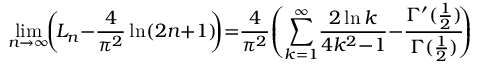
\operatorname* { l i m } _ { n \to \infty } \! \! \left( \! { L _ { n } { - } { \frac { 4 } { \pi ^ { 2 } } } \ln ( 2 n { + } 1 ) } \! \! \right) \! { = } { \frac { 4 } { \pi ^ { 2 } } } \! \left( { \sum _ { k = 1 } ^ { \infty } \! { \frac { 2 \ln k } { 4 k ^ { 2 } { - } 1 } } } { - } { \frac { \Gamma ^ { \prime } ( { \frac { 1 } { 2 } } ) } { \Gamma ( { \frac { 1 } { 2 } } ) } } \! \! \right)